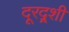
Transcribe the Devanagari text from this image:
दूरद्र्शी